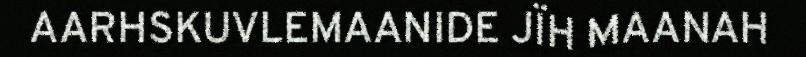
AARHSKUVLEMAANIDE JÏH MAANAH